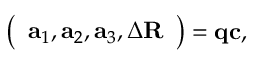
\left( \begin{array} { l } { \mathbf { a } _ { 1 } , \mathbf { a } _ { 2 } , \mathbf { a } _ { 3 } , \Delta \mathbf { R } } \end{array} \right) = \mathbf { q } \mathbf { c } ,